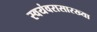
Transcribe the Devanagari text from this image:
स्वयंवरासारख्या